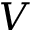
V